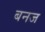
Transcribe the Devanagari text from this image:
बनज